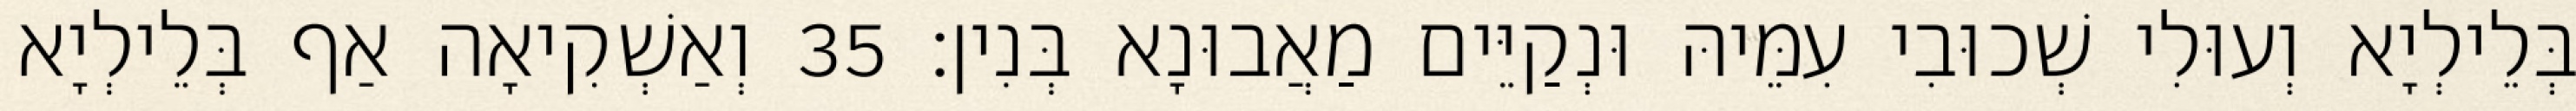
בְּלֵילְיָא וְעוּלִי שְׁכוּבִי עִמֵּיהּ וּנְקַיֵּים מַאֲבוּנָא בְּנִין׃ 35 וְאַשְׁקִיאָה אַף בְּלֵילְיָא